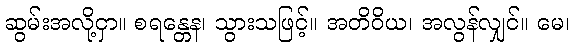
ဆွမ်းအလို့ငှာ။ စရန္တေန၊ သွားသဖြင့်။ အတိဝိယ၊ အလွန်လျှင်။ မေ၊